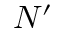
N ^ { \prime }